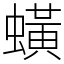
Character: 蟥